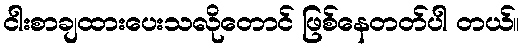
ငါးစာချထားပေးသလိုတောင် ဖြစ်နေတတ်ပါ တယ်။